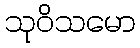
သုဝိသမော